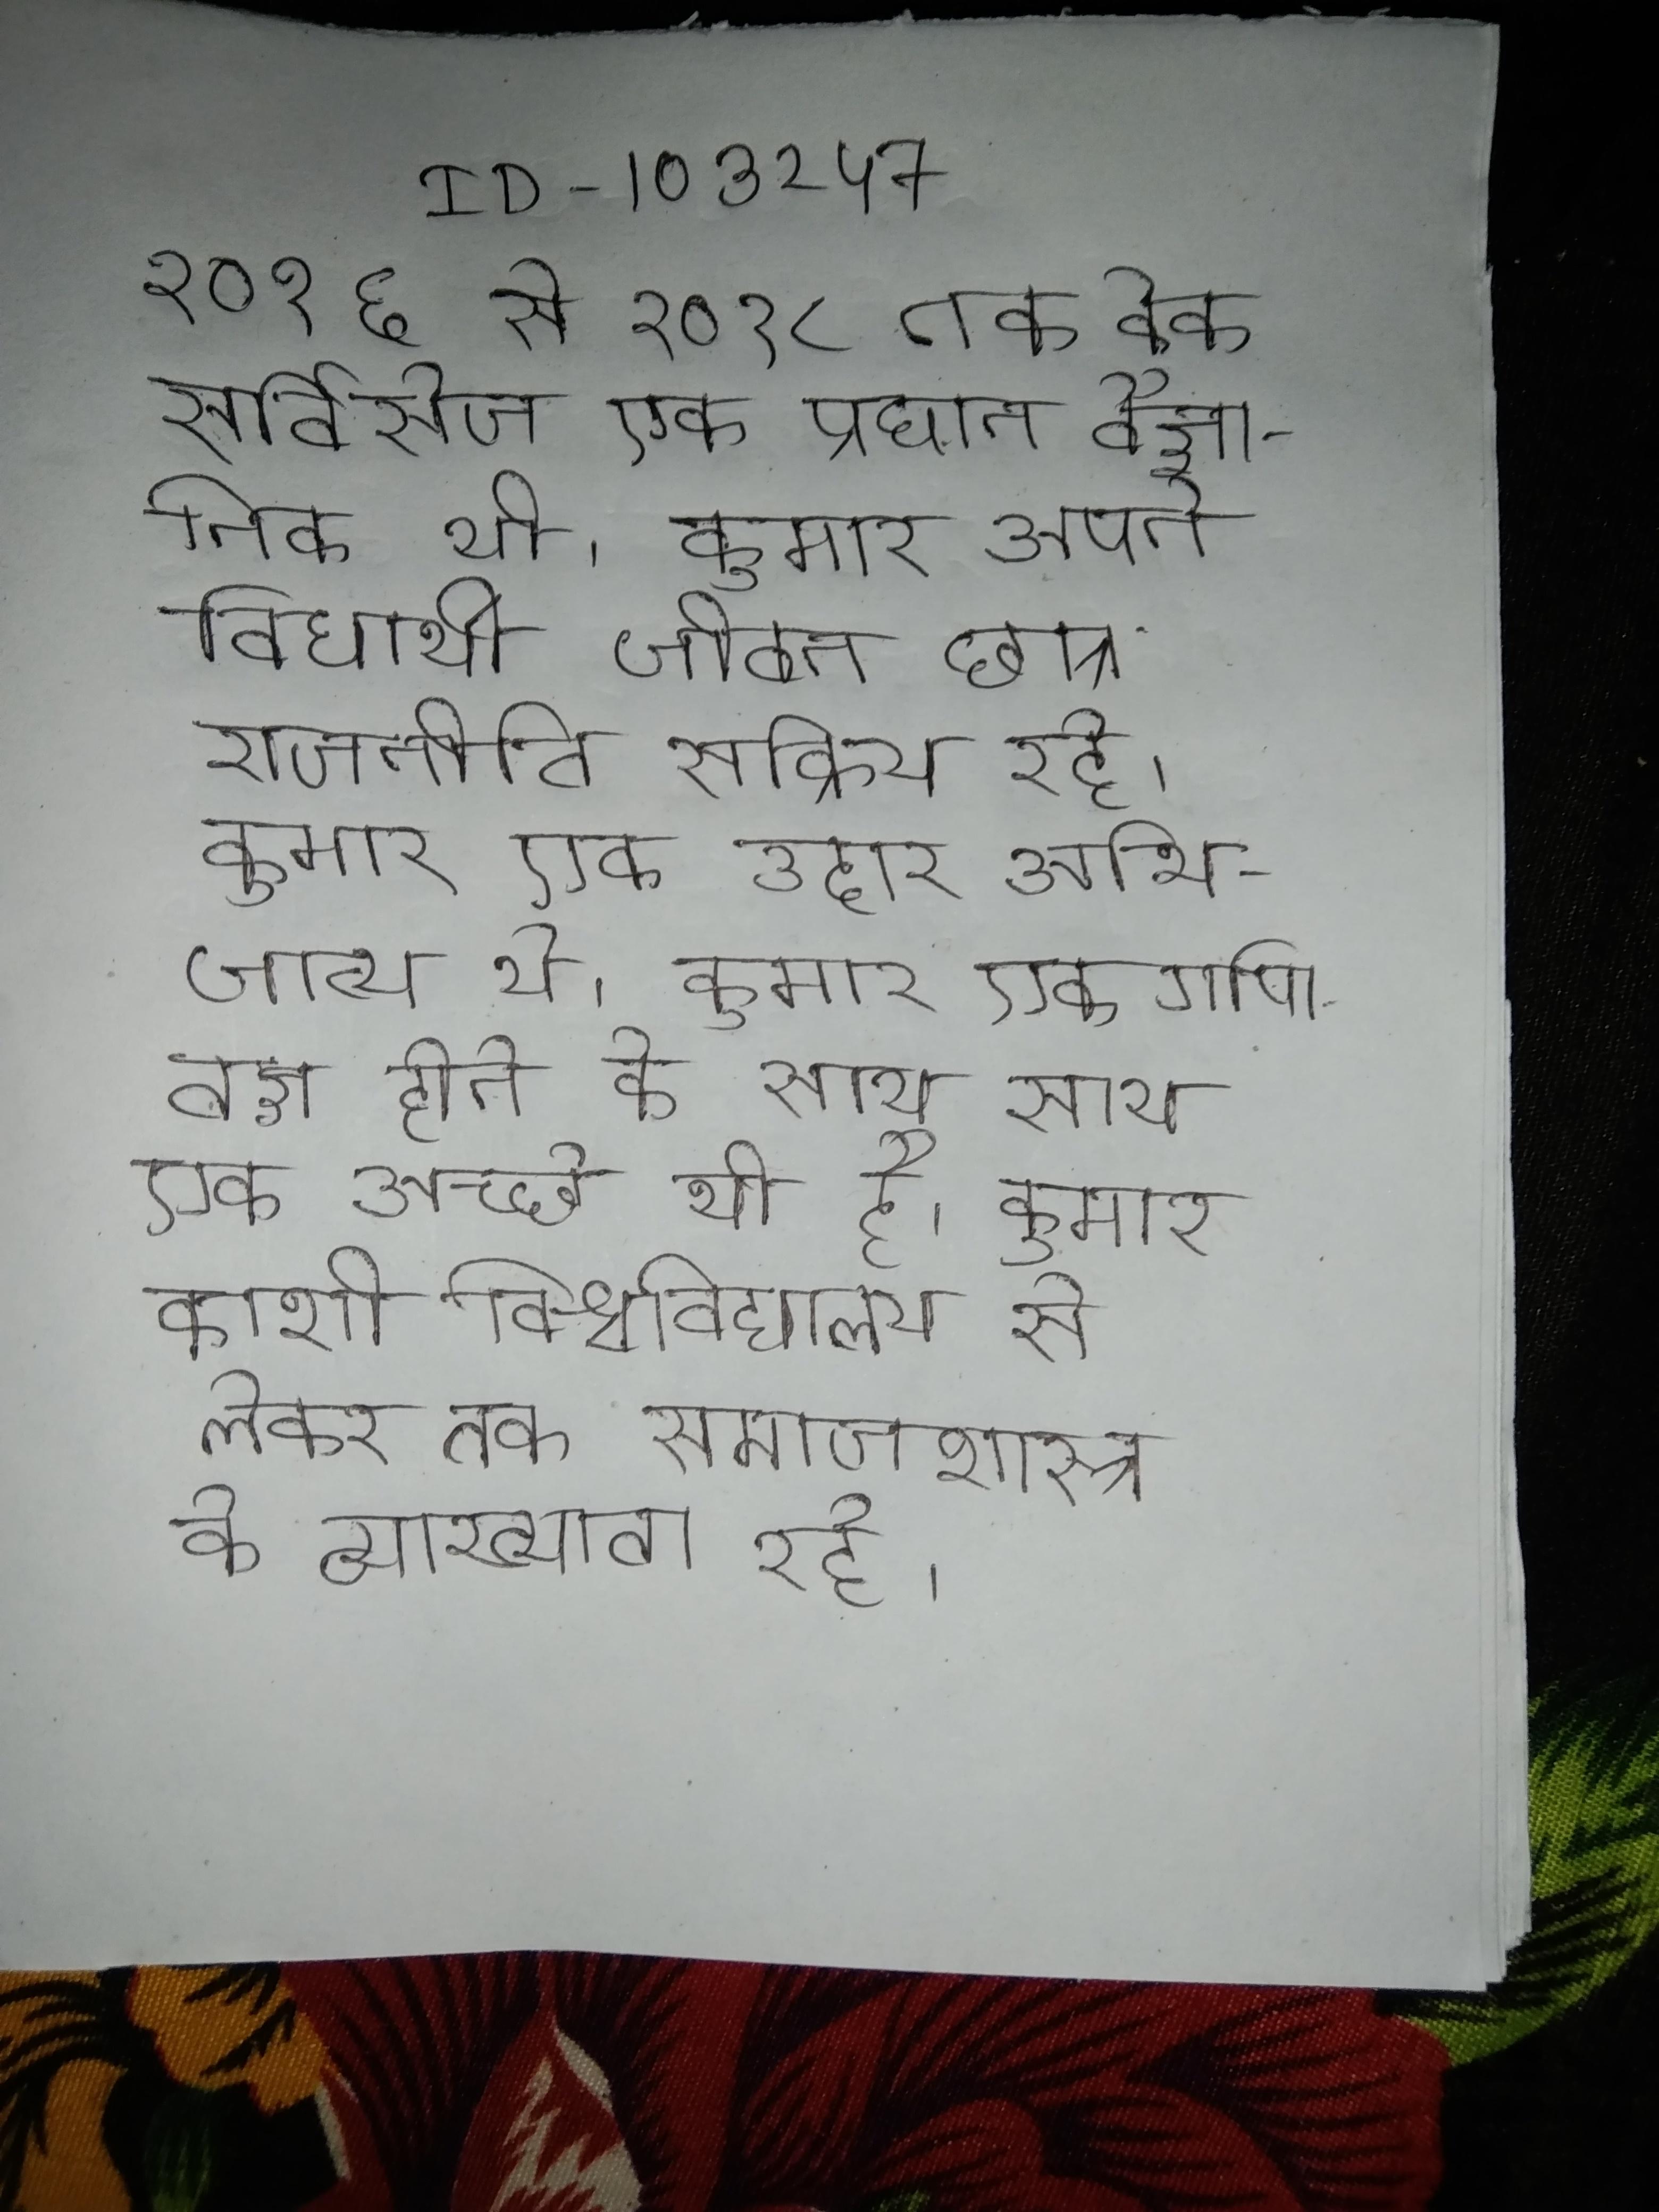
२०१६ से २०१८ तक वेब सर्विसेज एक प्रधान वैज्ञानिक थी । कुमार अपने विद्यार्थी जीवन छात्र राजनीति सक्रिय रहे । कुमार एक उदार अभिजात्य थे । कुमार एक गणितज्ञ होने के साथ साथ एक अच्छे भी है । कुमार काशी विश्वविद्यालय से लेकर तक समाजशास्त्र के व्याख्याता रहे ।